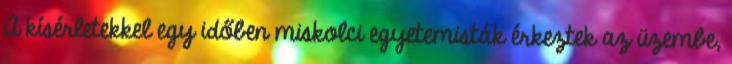
A kísérletekkel egy időben miskolci egyetemisták érkeztek az üzembe,